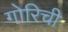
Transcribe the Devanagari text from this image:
गोरिची